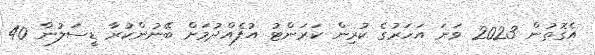
އެގޮތުން 2023 ވަނަ އަހަރުގެ ކުރިން ކަރަންޓު އުފެއްދުމަށް ބޭނުންކުރާ ޑީސަލުން 40